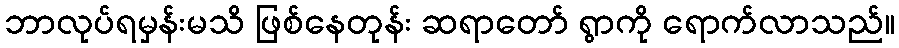
ဘာလုပ်ရမှန်းမသိ ဖြစ်နေတုန်း ဆရာတော် ရွာကို ရောက်လာသည်။